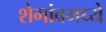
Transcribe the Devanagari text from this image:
शेगांवमध्ये